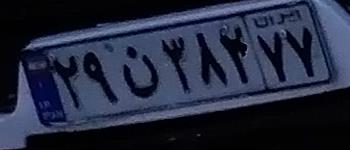
۲۹ن۳۸۲۷۷